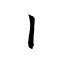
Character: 丨